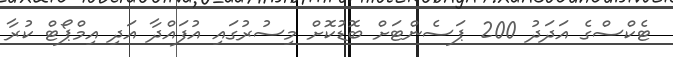
ޓެކްސްގެ އަދަދު 200 ޕަސެންޓަށް ބޮޑުކޮށް މިސުރުގައި އުފައްދާ އަދި އިމްޕޯޓް ކުރާ